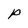
Character: p